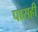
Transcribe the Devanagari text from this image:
पासही